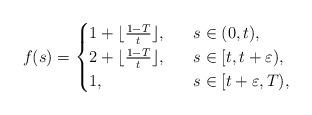
LaTeX: \begin{align*}f(s)=\begin{cases}1+\lfloor \frac{1-T}{t}\rfloor,~~&s\in (0,t),\\2+\lfloor \frac{1-T}{t}\rfloor,~~&s\in [t, t+\varepsilon),\\1,~~&s\in [t+\varepsilon,T),\end{cases}\end{align*}